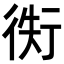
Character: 𢔖